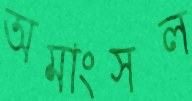
অমাংসল